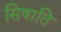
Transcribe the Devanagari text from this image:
सिषाति